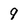
Character: 9